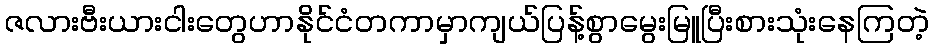
ဇလားဗီးယားငါးတွေဟာနိုင်ငံတကာမှာကျယ်ပြန့်စွာမွေးမြူပြီးစားသုံးနေကြတဲ့